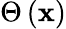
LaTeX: \Theta\left(\mathbf{x}\right)